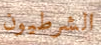
الشرطيون